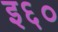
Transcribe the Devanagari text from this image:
इ६०